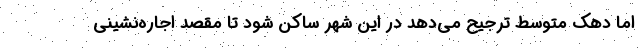
اما دهک متوسط ترجیح می‌‌دهد در این شهر ساکن شود تا مقصد اجاره‌‌نشینی